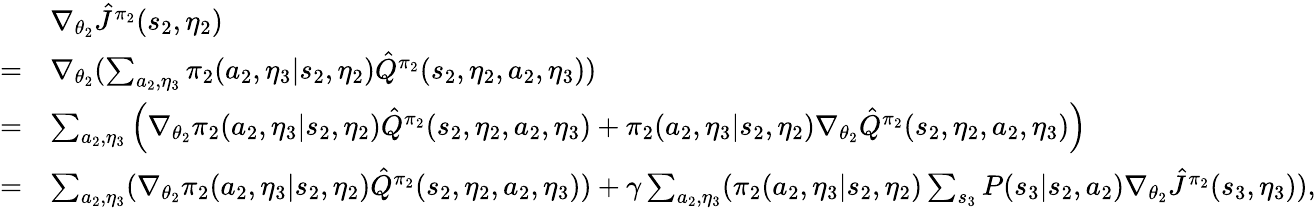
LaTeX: \begin{array}{rl}&{\nabla_{\theta_{2}}\hat{J}^{\pi_{2}}(s_{2},\eta_{2})}\\ {=}&{\nabla_{\theta_{2}}(\sum_{a_{2},\eta_{3}}\pi_{2}(a_{2},\eta_{3}|s_{2},\eta_{2})\hat{Q}^{\pi_{2}}(s_{2},\eta_{2},a_{2},\eta_{3}))}\\ {=}&{\sum_{a_{2},\eta_{3}}\Big(\nabla_{\theta_{2}}\pi_{2}(a_{2},\eta_{3}|s_{2},\eta_{2})\hat{Q}^{\pi_{2}}(s_{2},\eta_{2},a_{2},\eta_{3})+\pi_{2}(a_{2},\eta_{3}|s_{2},\eta_{2})\nabla_{\theta_{2}}\hat{Q}^{\pi_{2}}(s_{2},\eta_{2},a_{2},\eta_{3})\Big)}\\ {=}&{\sum_{a_{2},\eta_{3}}(\nabla_{\theta_{2}}\pi_{2}(a_{2},\eta_{3}|s_{2},\eta_{2})\hat{Q}^{\pi_{2}}(s_{2},\eta_{2},a_{2},\eta_{3}))+\gamma\sum_{a_{2},\eta_{3}}(\pi_{2}(a_{2},\eta_{3}|s_{2},\eta_{2})\sum_{s_{3}}P(s_{3}|s_{2},a_{2})\nabla_{\theta_{2}}\hat{J}^{\pi_{2}}(s_{3},\eta_{3})),}\end{array}